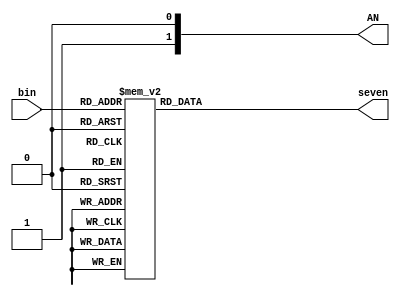
`timescale 1ns / 1ps
//////////////////////////////////////////////////////////////////////////////////
// Company: 
// Engineer: 
// 
// Design Name: 
// Module Name:    binary_to_7 
// Project Name: 
// Target Devices: 
// Tool versions: 
// Description: 
//
// Dependencies: 
//
// Revision: 
// Revision 0.01 - File Created
// Additional Comments: 
//
//////////////////////////////////////////////////////////////////////////////////
module binary_to_7(seven, bin, AN);
	input [3:0] bin;
	output [3:0] AN;
	output reg [6:0] seven;
	
	always @(bin)
	begin
		case(bin)
			4'b0000: seven = 7'b1000000;
			4'b0001: seven = 7'b1111001;
			4'b0010: seven = 7'b0100100;
			4'b0011: seven = 7'b0110000;
			4'b0100:	seven = 7'b0011001;
			4'b0101: seven = 7'b0010010;
			4'b0110: seven = 7'b0000010;
			4'b0111: seven = 7'b1111000;
			4'b1000: seven = 7'b0000000;
			4'b1001: seven = 7'b0011000;
			4'b1010: seven = 7'b0001000;
			4'b1011: seven = 7'b0000011;
			4'b1100: seven = 7'b1000110;
			4'b1101: seven = 7'b0100001;
			4'b1110: seven = 7'b0000110;
			4'b1111:	seven = 7'b0001110;
		endcase
	end
endmodule